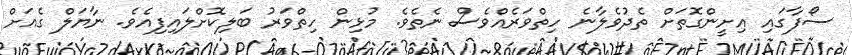
ސޯފާގައި އިށީންގޮތަށް ތެދުވެލާނެ ހިތްވަރެއްވެސް ނެތެވެ. މުޅިން ހިތްވަރު ބަލިކޮށްލައިފިއެވެ. ނާޔަލް ގެއަށް